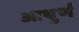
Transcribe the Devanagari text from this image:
आधुर्ण